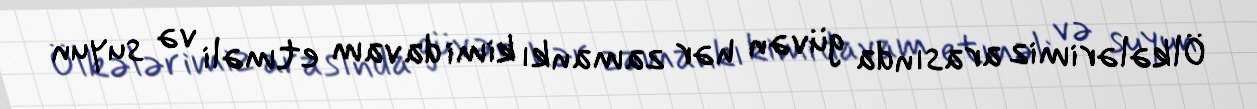
Ölkələrimiz arasında güvən hər zamankı kimi davam etməli və suyun